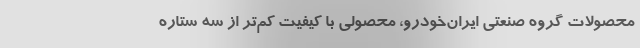
محصولات گروه صنعتی ایران‌خودرو، محصولی با کیفیت کم‌تر از سه ستاره